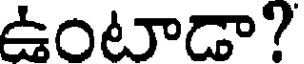
ఉంటాడా?